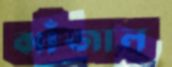
ঝাঁজাল